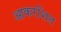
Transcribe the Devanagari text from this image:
आकरशित